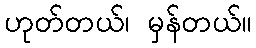
ဟုတ်တယ်၊ မှန်တယ်။